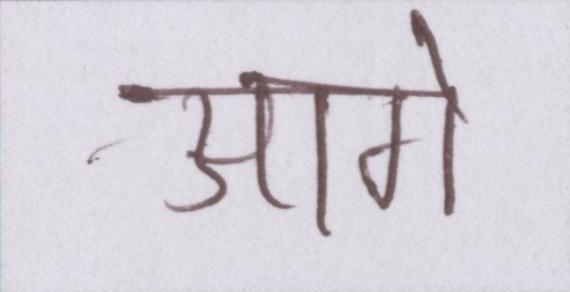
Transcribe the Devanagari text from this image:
आगे